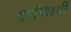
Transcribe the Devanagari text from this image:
दर्शणार्थी